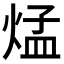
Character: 𪹁